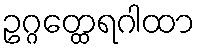
ဥဂ္ဂတ္ထေရဂါထာ